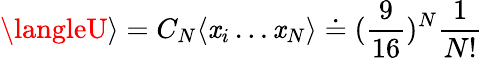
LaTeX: \langleU\rangle=C_{N}\langle\mathit{x}_{i}\dots\mathit{x}_{N}\rangle\doteq(\frac{{9}}{{16}})^{N}\frac{{1}}{{N!}}